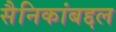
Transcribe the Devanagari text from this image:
सैनिकांबद्दल